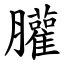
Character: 䑏